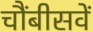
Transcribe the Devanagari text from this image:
चौंबीसवें